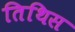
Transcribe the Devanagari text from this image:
तिथिस